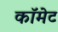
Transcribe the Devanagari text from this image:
काॅमेट